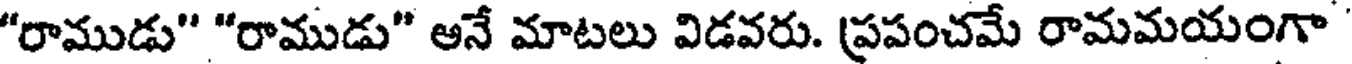
"రాముడు" "రాముడు" అనే మాటలు విడవరు. ప్రపంచమే రామమయంగా